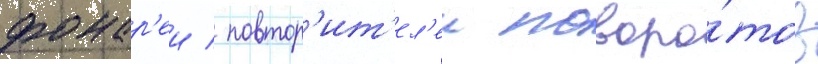
фонар'еи / повтор'ит'ел'еи поворо́тов